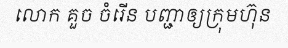
លោក គួច ចំរើន បញ្ជាឲ្យក្រុមហ៊ុន